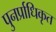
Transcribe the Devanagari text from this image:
पुनर्प्राधिकृत